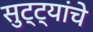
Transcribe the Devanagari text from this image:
सुट्ट्यांचे